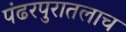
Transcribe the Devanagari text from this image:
पंढरपुरातलाच